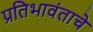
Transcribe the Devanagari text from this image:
प्रतिभावंताचे